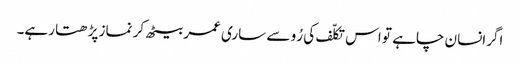
اگرانسان چاہے تو اس تکلّف کی رُو سے ساری عمر بیٹھ کر نماز پڑھتا رہے۔